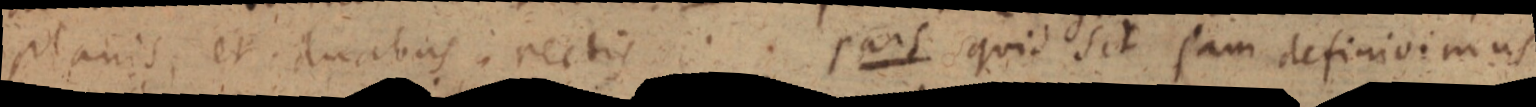
planis, et duabus: rectis . . pars quid sit jam definivimus